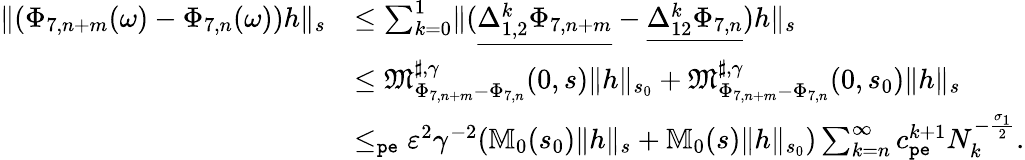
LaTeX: \begin{array}{rl}{\rVert(\Phi_{7,n+m}(\omega)-\Phi_{7,n}(\omega))h\rVert_{s}}&{\le\sum_{k=0}^{1}\rVert(\underline{{\Delta_{1,2}^{k}\Phi_{7,n+m}}}-\underline{{\Delta_{12}^{k}\Phi_{7,n}}})h\rVert_{s}}\\ &{\le\mathfrak{M}_{\Phi_{7,n+m}-\Phi_{7,n}}^{\sharp,\gamma}(0,s)\rVert h\rVert_{s_{0}}+\mathfrak{M}_{\Phi_{7,n+m}-\Phi_{7,n}}^{\sharp,\gamma}(0,s_{0})\rVert h\rVert_{s}}\\ &{\le_{\mathtt{pe}}\varepsilon^{2}\gamma^{-2}(\mathbb{M}_{0}(s_{0})\rVert h\rVert_{s}+\mathbb{M}_{0}(s)\rVert h\rVert_{s_{0}})\sum_{k=n}^{\infty}c_{\mathtt{pe}}^{k+1}N_{k}^{-\frac{\sigma_{1}}2}.}\end{array}